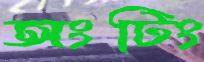
অংটিং